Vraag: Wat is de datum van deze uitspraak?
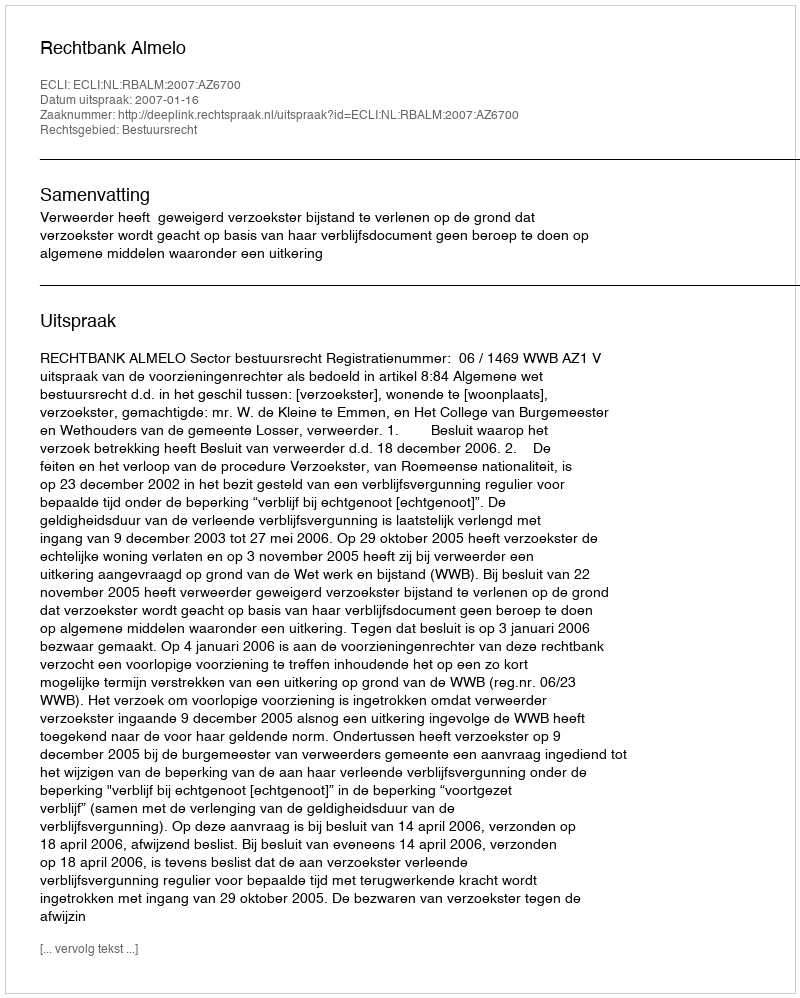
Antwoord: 2007-01-16